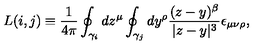
L ( i , j ) \equiv \frac 1 { 4 \pi } \oint _ { \gamma _ { i } } d z ^ { \mu } \oint _ { \gamma _ { j } } d y ^ { \rho } \frac { ( z - y ) ^ { \beta } } { | z - y | ^ { 3 } } \epsilon _ { \mu \nu \rho } ,